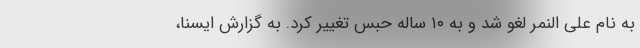
به نام علی النمر لغو شد و به ۱۰ ساله حبس تغییر کرد. به گزارش ایسنا،